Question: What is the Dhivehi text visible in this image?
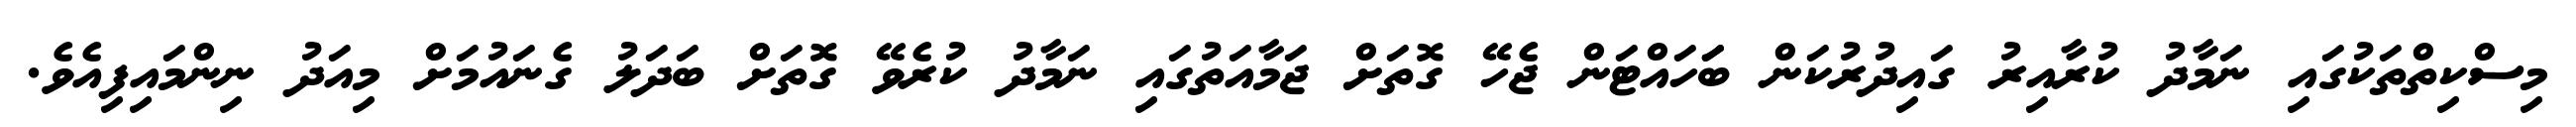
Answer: މިސްކިތްތަކުގައި ނަމާދު ކުރާއިރު ގައިދުރުކަން ބަަހައްޓަން ޖެހޭ ގޮތަށް ޖަމާއަތުގައި ނަމާދު ކުރެވޭ ގޮތަށް ބަދަލު ގެނައުމަށް މިއަދު ނިންމައިފިއެވެ.